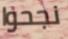
نجحوا